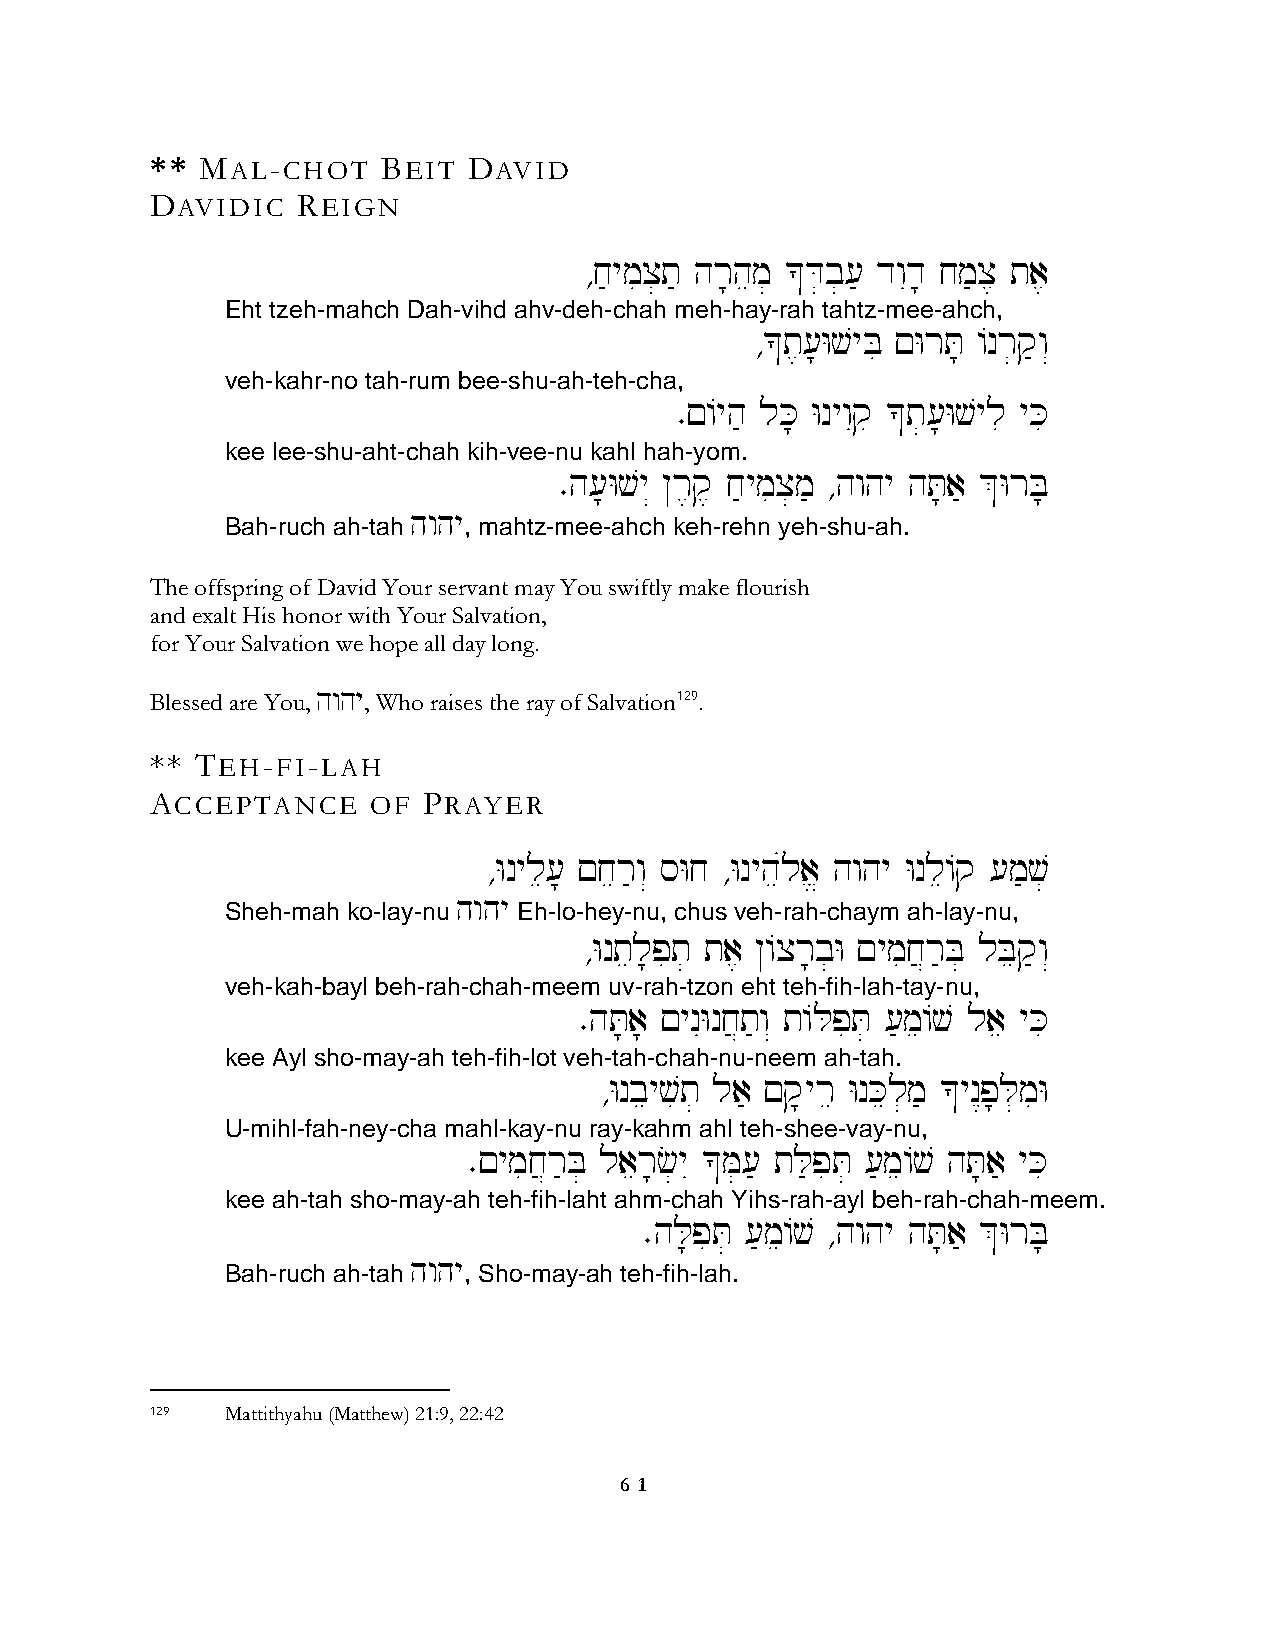
** MAL-CHOT    BEIT  DAVID
 DAVIDIC   REIGN
 ∆j'ymix]t' hr;hem] *D]b][' dwId; jm'x, ta,
 Eht tzeh-mahch Dah-vihd ahv-deh-chah meh-hay-rah tahtz-mee-ahch,
 ∆*t,[;WvyBi !WrT; /nr]q'w“
 veh-kahr-no tah-rum bee-shu-ah-teh-cha,
 ∑!/yh' lK; WnywIqi *t][;Wvyli yKi
 kee lee-shu-aht-chah kih-vee-nu kahl hah-yom.
 ∑h[;Wvy“ @r,q, j'ymix]m' ∆hwhy hT;a' &WrB;
 hwhy
 Bah-ruch ah-tah , mahtz-mee-ahch keh-rehn yeh-shu-ah.
 The offspring of David Your servant may You swiftly make flourish
 and exalt His honor with Your Salvation,
 for Your Salvation we hope all day long.
 Blessed are You, hwhy, Who raises the ray of Salvation129.
 ** TEH-FI-LAH
 ACCEPTANCE     OF PRAYER
 ∆Wnyle[; !jer'w“ sWj ∆Wnyheúla> hwhy Wnle/q [m'v]
 hwhy
 Sheh-mah ko-lay-nu Eh-lo-hey-nu, chus veh-rah-chaym ah-lay-nu,
 ∆Wntel;pit] ta, @/xr;b]W !ymij}r'B] lBeq'w“
 veh-kah-bayl beh-rah-chah-meem uv-rah-tzon eht teh-fih-lah-tay-nu,
 ∑hT;a; !ynIWnj}t'w“ t/LpiT] ['me/v lae yKi
 kee Ayl sho-may-ah teh-fih-lot veh-tah-chah-nu-neem ah-tah.
 ∆Wnbeyvit] la' !q;yre WnKel]m' *yn<p;L]miW
 U-mihl-fah-ney-cha mahl-kay-nu ray-kahm ahl teh-shee-vay-nu,
 ∑!ymij}r'B] laer;c]yI *M][' tL'piT] ['me/v hT;a' yKi
 kee ah-tah sho-may-ah teh-fih-laht ahm-chah Yihs-rah-ayl beh-rah-chah-meem.
 ∑hL;piT] ['me/v ∆hwhy hT;a' &WrB;
 hwhy
 Bah-ruch ah-tah , Sho-may-ah teh-fih-lah.
 129  Mattithyahu (Matthew) 21:9, 22:42
 6 1